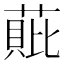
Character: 𮐧